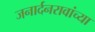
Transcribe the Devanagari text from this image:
जनार्दनरावांच्या